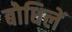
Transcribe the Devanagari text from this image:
बोधिलें